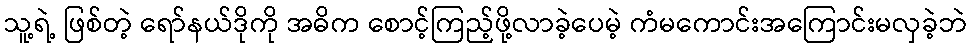
သူ့ရဲ့ ဖြစ်တဲ့ ရော်နယ်ဒိုကို အဓိက စောင့်ကြည့်ဖို့လာခဲ့ပေမဲ့ ကံမကောင်းအကြောင်းမလှခဲ့ဘဲ